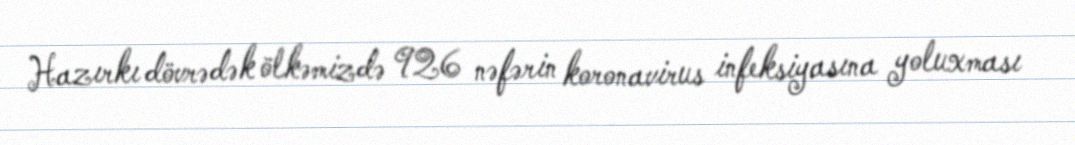
Hazırkı dövrədək ölkəmizdə 926 nəfərin koronavirus infeksiyasına yoluxması